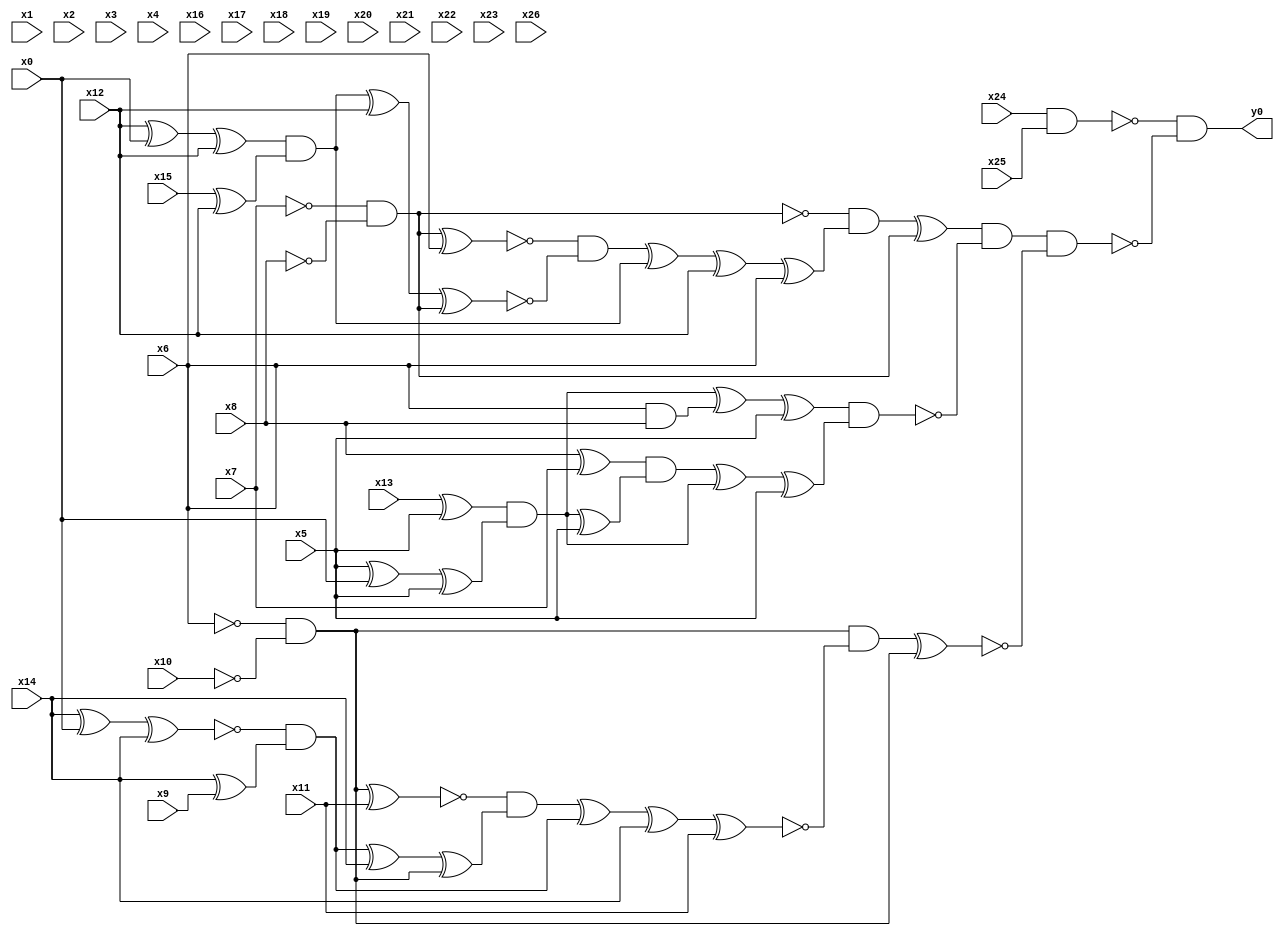
module top( x0 , x1 , x2 , x3 , x4 , x5 , x6 , x7 , x8 , x9 , x10 , x11 , x12 , x13 , x14 , x15 , x16 , x17 , x18 , x19 , x20 , x21 , x22 , x23 , x24 , x25 , x26 , y0 );
  input x0 , x1 , x2 , x3 , x4 , x5 , x6 , x7 , x8 , x9 , x10 , x11 , x12 , x13 , x14 , x15 , x16 , x17 , x18 , x19 , x20 , x21 , x22 , x23 , x24 , x25 , x26 ;
  output y0 ;
  wire n28 , n29 , n30 , n31 , n32 , n33 , n34 , n35 , n36 , n37 , n38 , n39 , n40 , n41 , n42 , n43 , n44 , n45 , n46 , n47 , n48 , n49 , n50 , n51 , n52 , n53 , n54 , n55 , n56 , n57 , n58 , n59 , n60 , n61 , n62 , n63 , n64 , n65 , n66 , n67 , n68 , n69 , n70 , n71 , n72 ;
  assign n28 = x24 & x25 ;
  assign n29 = ~x7 & ~x8 ;
  assign n30 = n29 ^ x6 ;
  assign n31 = x12 ^ x0 ;
  assign n32 = n31 ^ x12 ;
  assign n33 = x15 ^ x12 ;
  assign n34 = n32 & n33 ;
  assign n35 = n34 ^ x12 ;
  assign n36 = n35 ^ n29 ;
  assign n37 = ~n30 & ~n36 ;
  assign n38 = n37 ^ n34 ;
  assign n39 = n38 ^ x12 ;
  assign n40 = n39 ^ x6 ;
  assign n41 = ~n29 & n40 ;
  assign n42 = n41 ^ n29 ;
  assign n44 = x13 ^ x5 ;
  assign n45 = x5 ^ x0 ;
  assign n46 = n45 ^ x5 ;
  assign n47 = n44 & n46 ;
  assign n43 = x6 & x8 ;
  assign n48 = n47 ^ n43 ;
  assign n49 = n48 ^ x5 ;
  assign n50 = x8 ^ x7 ;
  assign n51 = n47 ^ x5 ;
  assign n52 = n50 & n51 ;
  assign n53 = n52 ^ n47 ;
  assign n54 = n53 ^ x5 ;
  assign n55 = n49 & n54 ;
  assign n56 = n42 & ~n55 ;
  assign n57 = ~x6 & ~x10 ;
  assign n58 = n57 ^ x11 ;
  assign n59 = x14 ^ x0 ;
  assign n60 = n59 ^ x14 ;
  assign n61 = x14 ^ x9 ;
  assign n62 = ~n60 & n61 ;
  assign n63 = n62 ^ x14 ;
  assign n64 = n63 ^ n57 ;
  assign n65 = ~n58 & n64 ;
  assign n66 = n65 ^ n62 ;
  assign n67 = n66 ^ x14 ;
  assign n68 = n67 ^ x11 ;
  assign n69 = n57 & ~n68 ;
  assign n70 = n69 ^ n57 ;
  assign n71 = n56 & ~n70 ;
  assign n72 = ~n28 & ~n71 ;
  assign y0 = n72 ;
endmodule